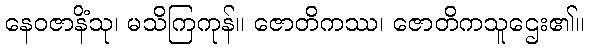
နေဝဇာနိံသု၊ မသိကြကုန်။ ဇောတိကဿ၊ ဇောတိကသူဌေး၏။